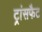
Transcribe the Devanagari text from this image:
ट्रांसफैट